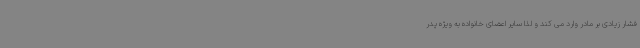
فشار زیادی بر مادر وارد می کند و لذا سایر اعضای خانواده به ویژه پدر